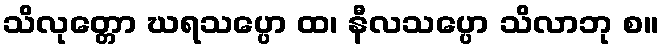
သိလုတ္တော ဃရသပ္ပော ထ၊ နီလသပ္ပော သိလာဘု စ။